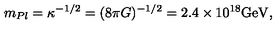
m _ { P l } = \kappa ^ { - 1 / 2 } = ( 8 \pi G ) ^ { - 1 / 2 } = 2 . 4 \times 1 0 ^ { 1 8 } \mathrm { G e V } ,